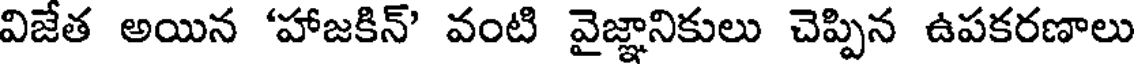
విజేత అయిన 'హాజకిన్' వంటి వైజ్ఞానికులు చెప్పిన ఉపకరణాలు